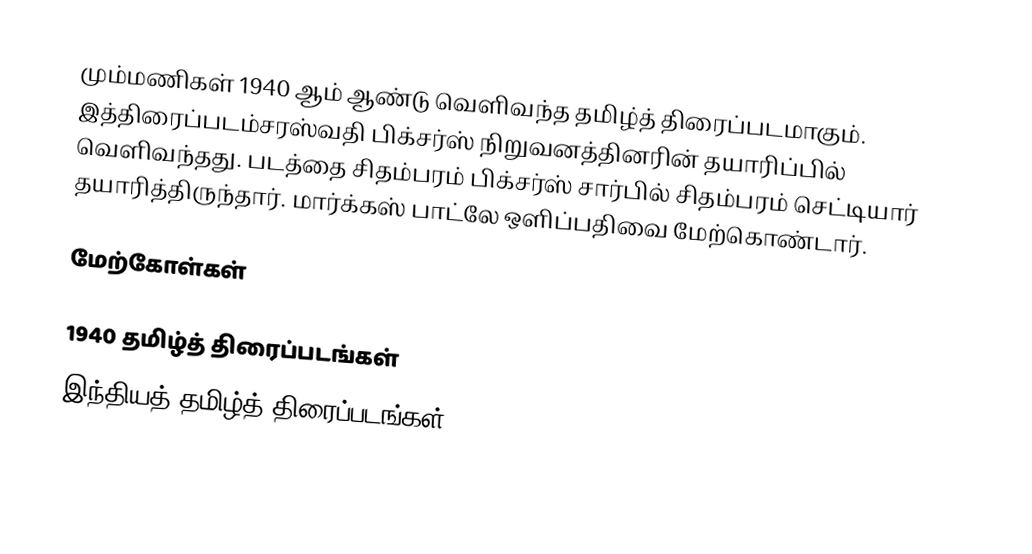
மும்மணிகள் 1940 ஆம் ஆண்டு வெளிவந்த தமிழ்த் திரைப்படமாகும். இத்திரைப்படம்சரஸ்வதி பிக்சர்ஸ் நிறுவனத்தினரின் தயாரிப்பில் வெளிவந்தது. படத்தை சிதம்பரம் பிக்சர்ஸ் சார்பில் சிதம்பரம் செட்டியார் தயாரித்திருந்தார். மார்க்கஸ் பாட்லே ஒளிப்பதிவை மேற்கொண்டார்.

மேற்கோள்கள்

1940 தமிழ்த் திரைப்படங்கள்
இந்தியத் தமிழ்த் திரைப்படங்கள்